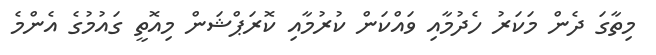
މިތާގަ ދެން މަކަރު ހެދުމާއި ވައްކަން ކުރުމާއި ކޮރަޕްޝަން މިއޮތީ ގައުމުގެ އެންމެ